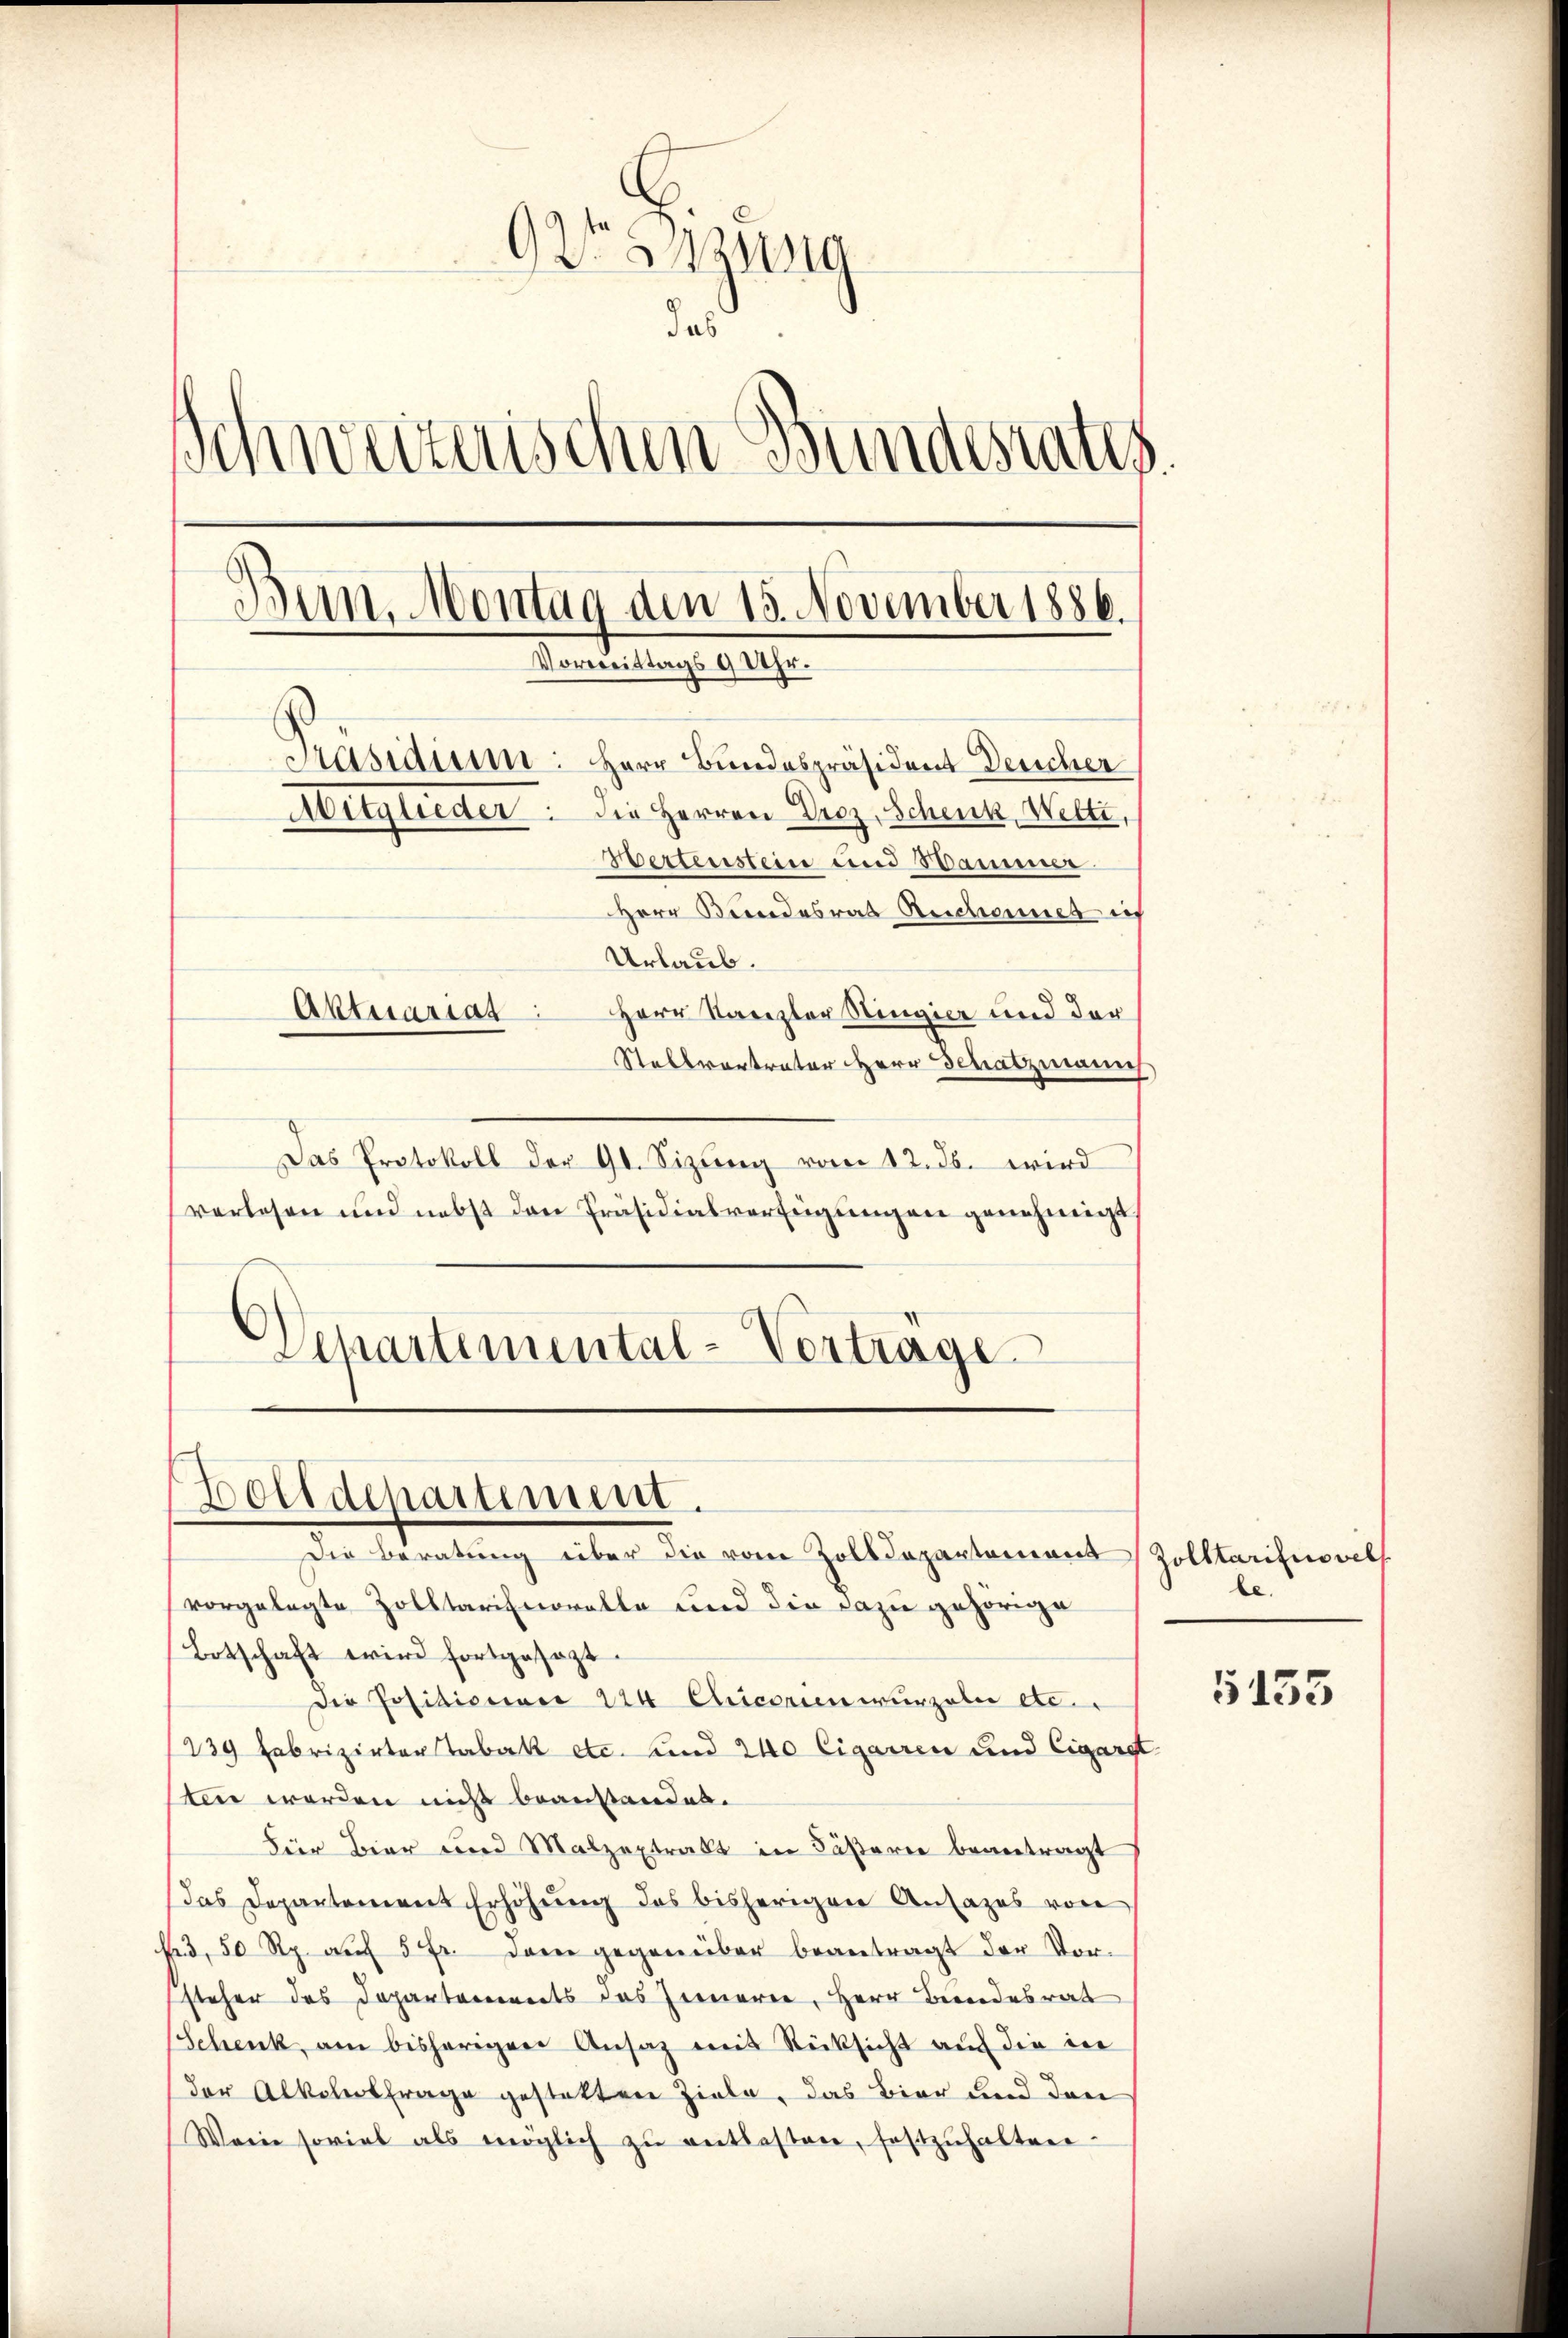
Grenzung
ab
Schweizerischen Bundesrates.
Bun. Montag den 15. November 1886.
Vormittags 9 Uhr.
Präsidium: Herr Bundespräsident Deucher
Mitglieder. Die Herren Droz, Schenk, Welti,
Wettenstein und Hammer.
Herr Bundesrat Beschannes ich
Urlaub.
Herr Kanzler Ringier und der
Aktuariat
Stallvertrater Herr Schatzmanns

Das Protokoll der 91. Sizung vom 12. ds. wird
verlesen und nebst den Präsidialverfügungen genehmigt.
)
.
Schartemental-Vortrage

Zolldepartement.
Die Beratung über die vom Zolldepartemont Zolltarifnovel

vorgelegte Zolltarifmoralte und die dazu gehörige
Botschaft wird fortgesezt.
Die Positionar 224 Chicorien wurzelei etc.
239 Fabrizirter Tabak etc. und 240 Cigarren und Cigaret
sein werden nicht beanstandes.
Für Bier und Malzextrakt in Fäßerie beantragt
Das Departement Erhöhung des bisherigen Ansazes von
43. 50 Rp. auf 5fr. dann gegenüber beantragt der Vorsteher des Departements des Inneren, Herr Beendesrat
(Schenk, am bisherigen Ansaz mit Rücksicht auf die in
der Alkeletfrage gestatten Ziele, das Bier und den
Wen soviel als möglich zŭ entlasten, festzŭhalten.

be.

5155